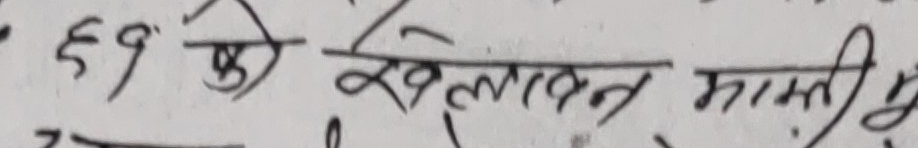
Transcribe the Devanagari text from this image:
६१ फी खेलदन माग्गी हो